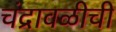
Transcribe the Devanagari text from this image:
चंद्रावळीची